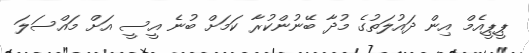
ޕީޕީއެމް އިން ދައުލަތުގެ މުދާ ބޭނުންކުރާ ކަމަށް ބުނެ އީސީ އަށް މައްސަލަ